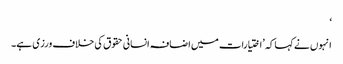
‘
انہوں نے کہا کہ ’اختیارات میں اضافہ انسانی حقوق کی خلاف ورزی ہے۔